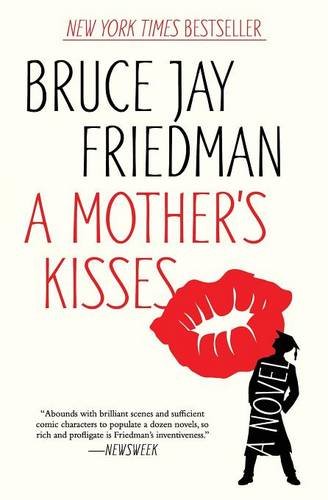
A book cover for A Mother's Kisses: A Novel; Bruce Jay Friedman; Literature & Fiction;